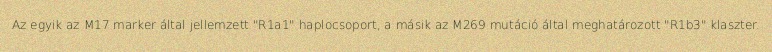
Az egyik az M17 marker által jellemzett "R1a1" haplocsoport, a másik az M269 mutáció által meghatározott "R1b3" klaszter.